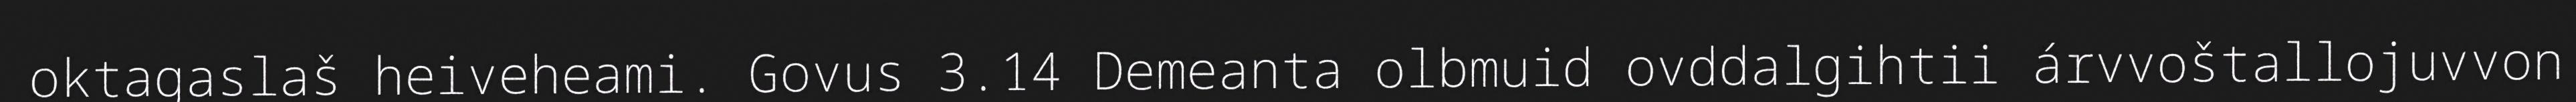
oktagaslaš heiveheami. Govus 3.14 Demeanta olbmuid ovddalgihtii árvvoštallojuvvon